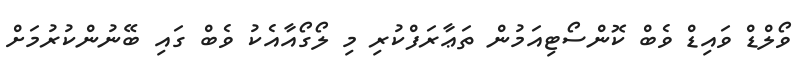
ވޯލްޑް ވައިޑް ވެބް ކޮންސޯޓިއަމުން ތަޢާރަފްކުރި މި ލޯގޯއާއެކު ވެބް ގައި ބޭނުންކުރުމަށް